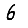
Digit: 6